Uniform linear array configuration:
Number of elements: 8
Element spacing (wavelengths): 0.5
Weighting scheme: hamming
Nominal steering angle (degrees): -15
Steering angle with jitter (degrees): -15.865
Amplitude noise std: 0.05
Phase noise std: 0.05

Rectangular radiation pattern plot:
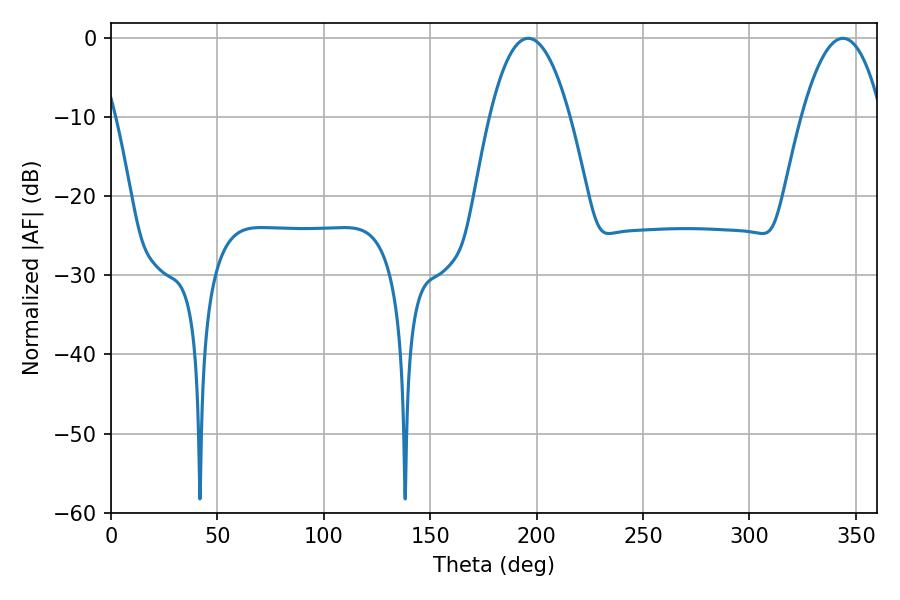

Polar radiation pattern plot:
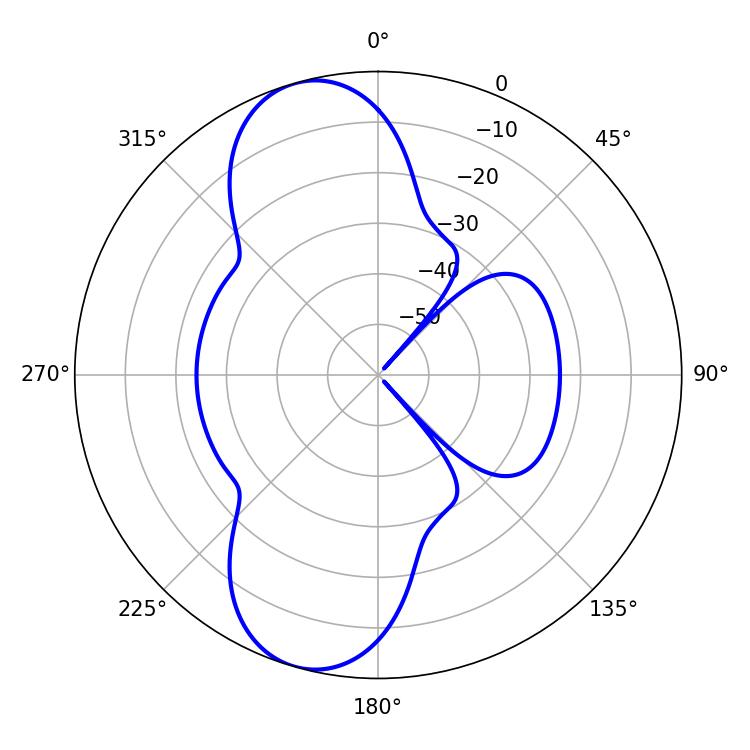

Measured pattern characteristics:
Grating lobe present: FALSE
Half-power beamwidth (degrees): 20.7
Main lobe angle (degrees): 196.02